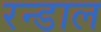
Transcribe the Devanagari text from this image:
रन्डाल